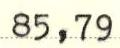
85,79